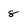
Character: 8